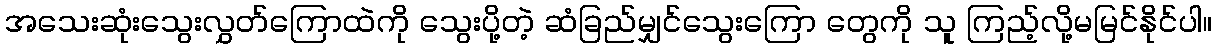
အသေးဆုံးသွေးလွှတ်ကြောထဲကို သွေးပို့တဲ့ ဆံခြည်မျှင်သွေးကြော တွေကို သူ ကြည့်လို့မမြင်နိုင်ပါ။